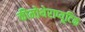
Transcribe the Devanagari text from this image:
कीमोथेराप्यूटिक